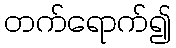
တက်ရောက်၍